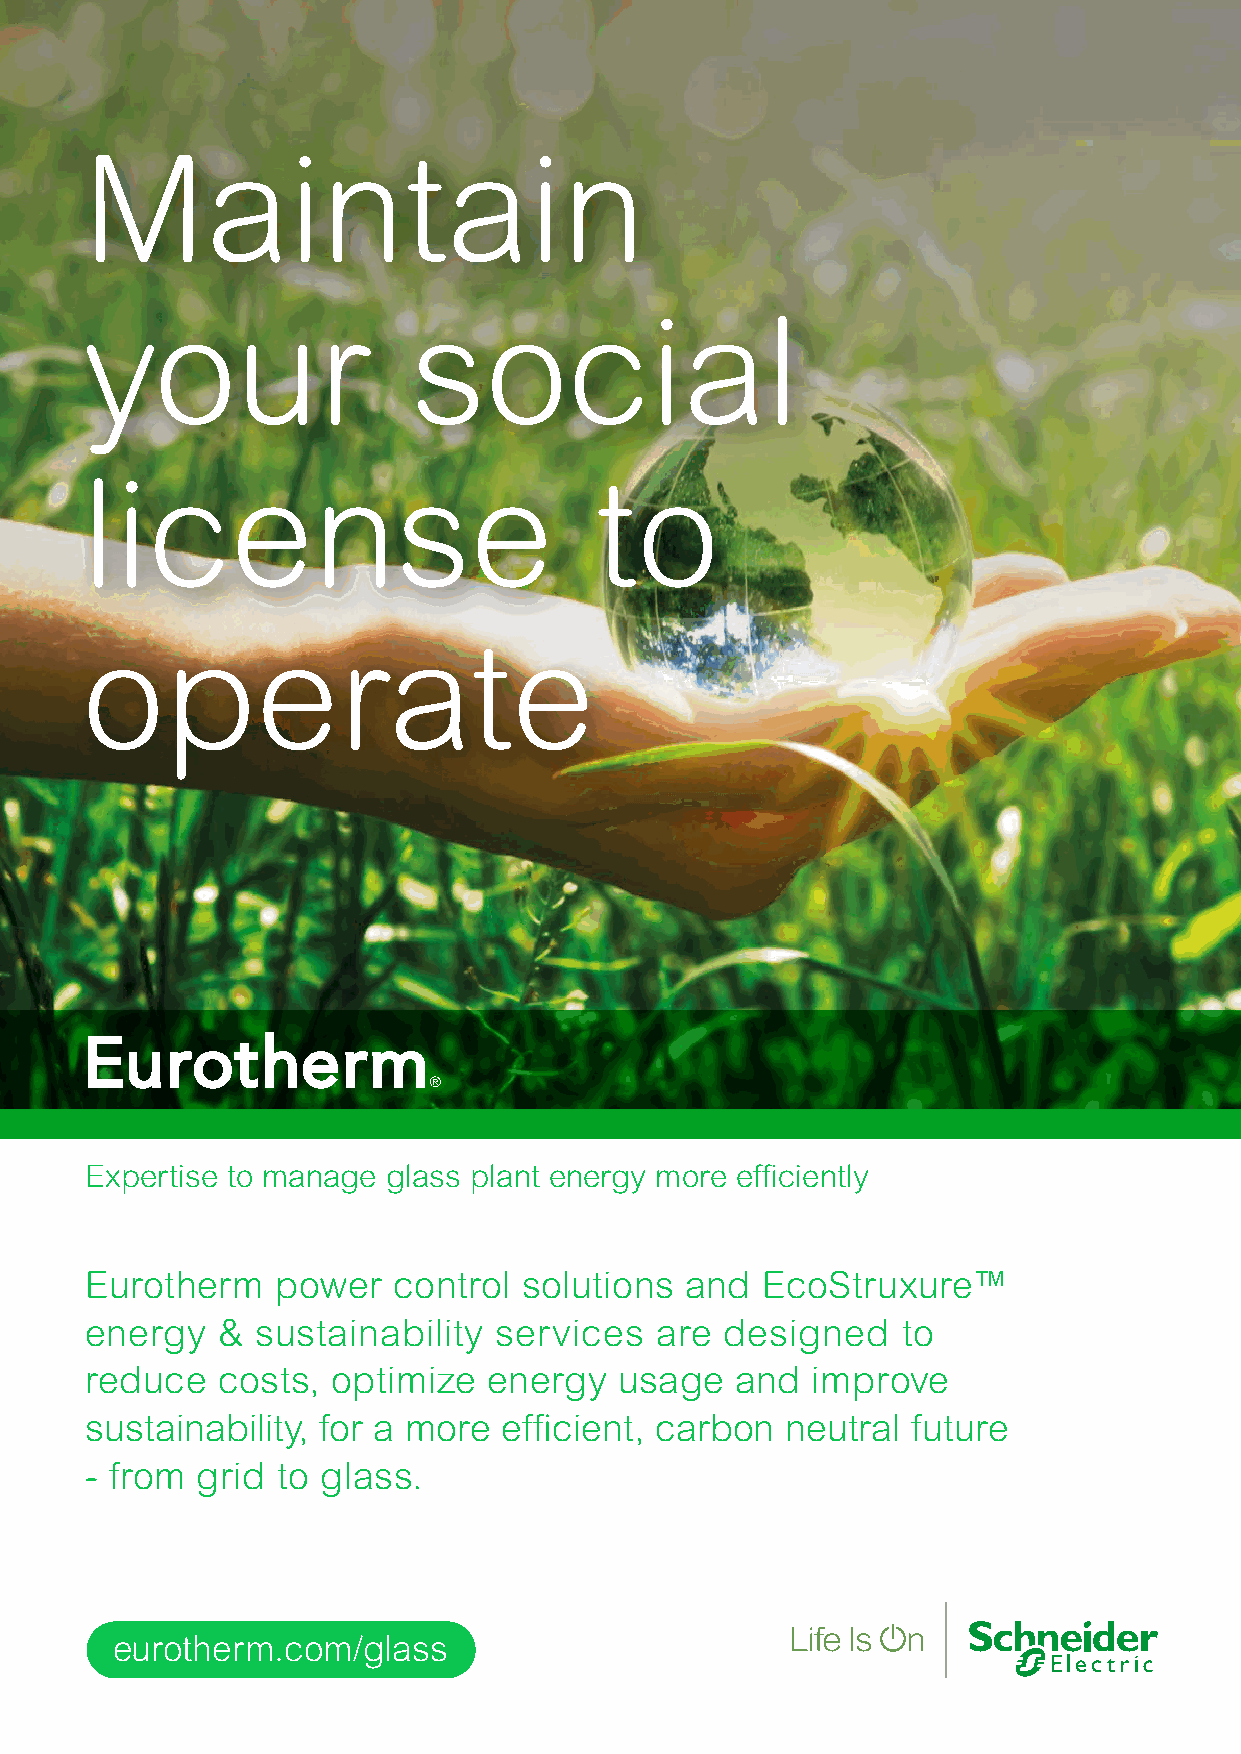
Maintain
 your                  social
 license                           to
 operate
 Expertise to manage glass plant energy more efficiently
 Eurotherm   power   control  solutions and  EcoStruxure™
 energy  &  sustainability  services  are  designed    to
 reduce  costs,  optimize  energy   usage   and  improve
 sustainability, for a more efficient, carbon  neutral future
 - from grid to glass.
 eurotherm.com/glass
 EEuurrootthheerrmm bbyy SScchhnneeiiddeerr EElleeccttrriicc GGllaassss AAddvveerrtt__JJaannuuaarryy 22002211..iinndddd 11 0077//1122//22002200 1100::1111::1199